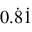
0 . { \dot { 8 } } { \dot { 1 } }